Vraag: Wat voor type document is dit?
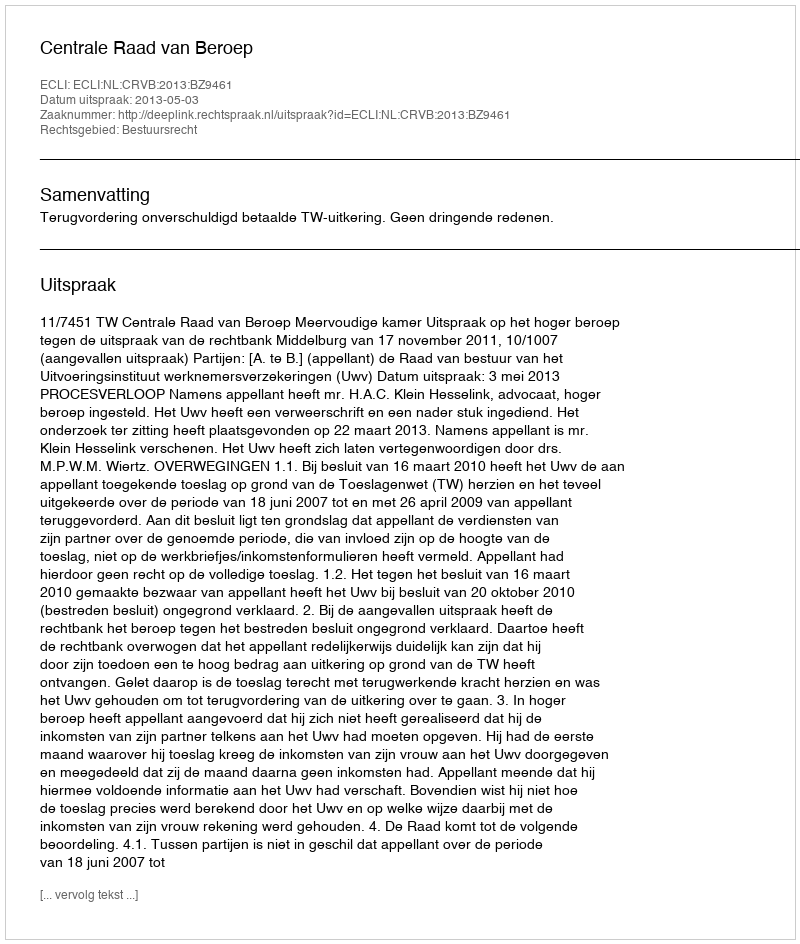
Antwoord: Uitspraak